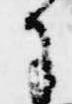
に